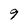
Character: 9